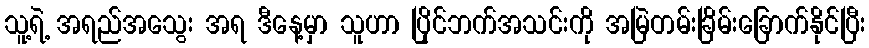
သူ့ရဲ့ အရည်အသွေး အရ ဒီနေ့မှာ သူဟာ ပြိုင်ဘက်အသင်းကို အမြဲတမ်းခြိမ်းခြောက်နိုင်ပြီး